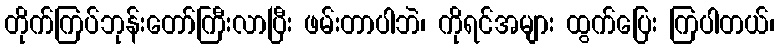
တိုက်ကြပ်ဘုန်းတော်ကြီးလာပြီး ဖမ်းတာပါဘဲ၊ ကိုရင်အများ ထွက်ပြေး ကြပါတယ်၊